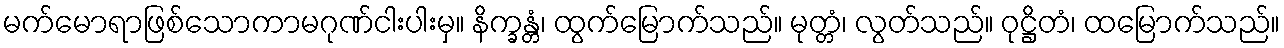
မက်မောရာဖြစ်သောကာမဂုဏ်ငါးပါးမှ။ နိက္ခန္တံ၊ ထွက်မြောက်သည်။ မုတ္တံ၊ လွတ်သည်။ ဝုဋ္ဌိတံ၊ ထမြောက်သည်။